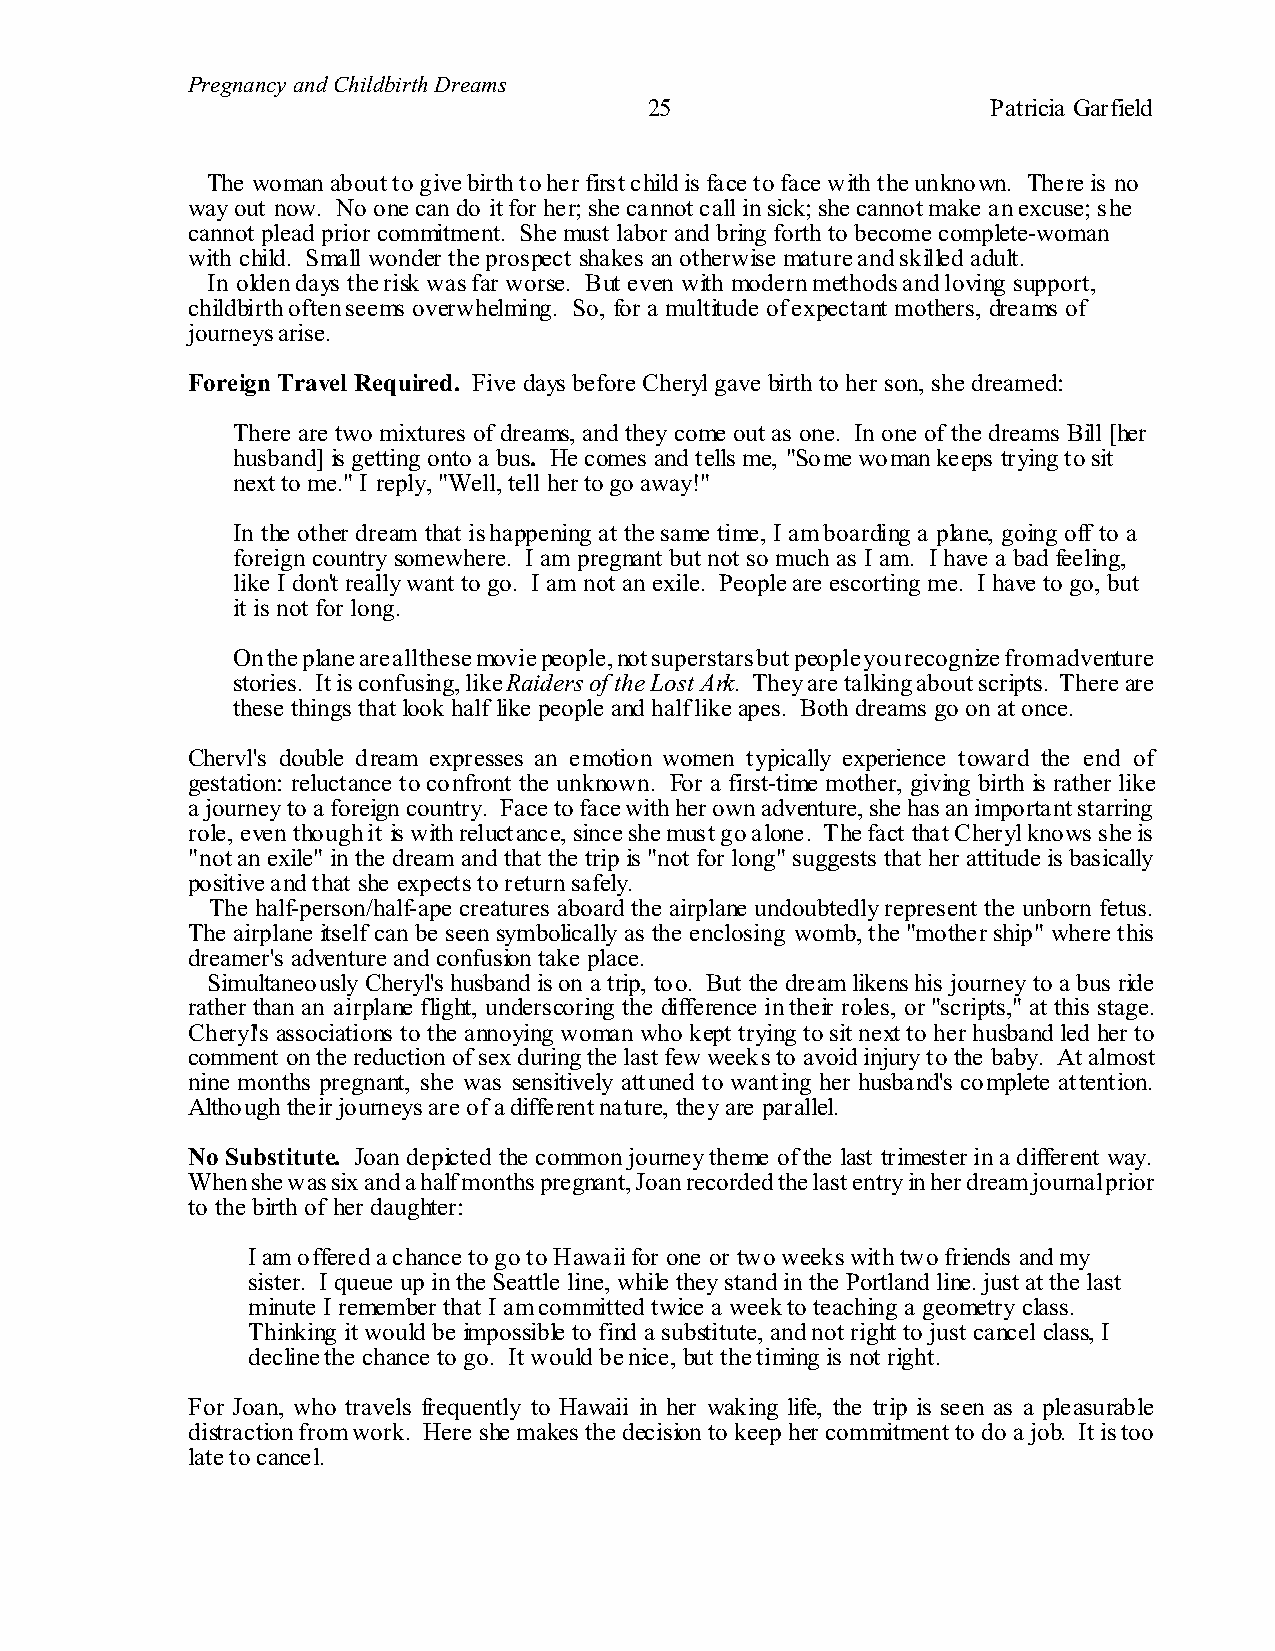
Pregnancy and Childbirth Dreams
 25                     Patricia Garfield
 The woman about to give birth to her first child is face to face with the unknown. There is no
 way out now. No one can do it for her; she cannot call in sick; she cannot make an excuse; she
 cannot plead prior commitment. She must labor and bring forth to become complete-woman
 with child. Small wonder the prospect shakes an otherwise mature and skilled adult.
 In olden days the risk was far worse. But even with modern methods and loving support,
 childbirth often seems overwhelming. So, for a multitude of expectant mothers, dreams of
 journeys arise.
 Foreign Travel Required. Five days before Cheryl gave birth to her son, she dreamed:
 There are two mixtures of dreams, and they come out as one. In one of the dreams Bill [her
 husband] is getting onto a bus. He comes and tells me, "Some woman keeps trying to sit
 next to me." I reply, "Well, tell her to go away!"
 In the other dream that is happening at the same time, I am boarding a plane, going off to a
 foreign country somewhere. I am pregnant but not so much as I am. I have a bad feeling,
 like I don't really want to go. I am not an exile. People are escorting me. I have to go, but
 it is not for long.
 On the plane are all these movie people, not superstars but people you recognize from adventure
 stories. It is confusing, like Raiders of the Lost Ark. They are talking about scripts. There are
 these things that look half like people and half like apes. Both dreams go on at once.
 Chervl's double dream expresses an emotion women typically experience toward the end of
 gestation: reluctance to confront the unknown. For a first-time mother, giving birth is rather like
 a journey to a foreign country. Face to face with her own adventure, she has an important starring
 role, even though it is with reluctance, since she must go alone. The fact that Cheryl knows she is
 "not an exile" in the dream and that the trip is "not for long" suggests that her attitude is basically
 positive and that she expects to return safely.
 The half-person/half-ape creatures aboard the airplane undoubtedly represent the unborn fetus.
 The airplane itself can be seen symbolically as the enclosing womb, the "mother ship" where this
 dreamer's adventure and confusion take place.
 Simultaneously Cheryl's husband is on a trip, too. But the dream likens his journey to a bus ride
 rather than an airplane flight, underscoring the difference in their roles, or "scripts," at this stage.
 Cheryl's associations to the annoying woman who kept trying to sit next to her husband led her to
 comment on the reduction of sex during the last few weeks to avoid injury to the baby. At almost
 nine months pregnant, she was sensitively attuned to wanting her husband's complete attention.
 Although their journeys are of a different nature, they are parallel.
 No Substitute. Joan depicted the common journey theme of the last trimester in a different way.
 When she was six and a half months pregnant, Joan recorded the last entry in her dream journal prior
 to the birth of her daughter:
 I am offered a chance to go to Hawaii for one or two weeks with two friends and my
 sister. I queue up in the Seattle line, while they stand in the Portland line. just at the last
 minute I remember that I am committed twice a week to teaching a geometry class.
 Thinking it would be impossible to find a substitute, and not right to just cancel class, I
 decline the chance to go. It would be nice, but the timing is not right.
 For Joan, who travels frequently to Hawaii in her waking life, the trip is seen as a pleasurable
 distraction from work. Here she makes the decision to keep her commitment to do a job. It is too
 late to cancel.